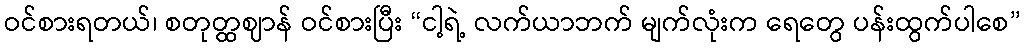
ဝင်စားရတယ်၊ စတုတ္ထဈာန် ဝင်စားပြီး “ငါ့ရဲ့ လက်ယာဘက် မျက်လုံးက ရေတွေ ပန်းထွက်ပါစေ”